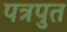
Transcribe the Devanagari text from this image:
पत्रपुत